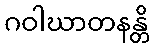
ဂဝါဃာတနန္တိ